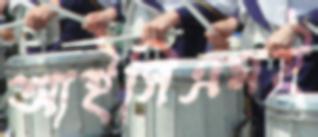
আইসিএমই